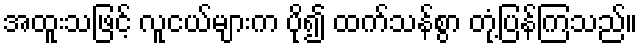
အထူးသဖြင့် လူငယ်များက ပို၍ ထက်သန်စွာ တုံ့ပြန်ကြသည်။